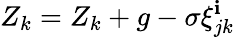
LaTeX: Z_{k}=Z_{k}+g-\sigma\xi_{jk}^{\mathbf{i}}